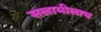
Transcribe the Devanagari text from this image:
सलामीलाच